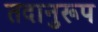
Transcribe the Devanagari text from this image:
तदानुरूप